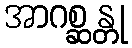
အာဂစ္ဆန္တု